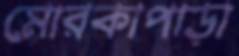
মোরকাপাড়া